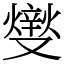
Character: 𤏻